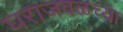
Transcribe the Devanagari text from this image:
घराजवळच्या